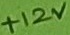
Text: +12V